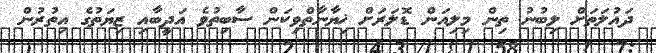
ދައުލަތަށް ލިބުނު ތިން މިލިއަން ޑޮލަރަށް ޚިޔާނާތްވިކަން ސާބިތުވެ އަދީބާއި ޒިޔަތުގެ އިތުރުން